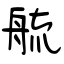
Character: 艈